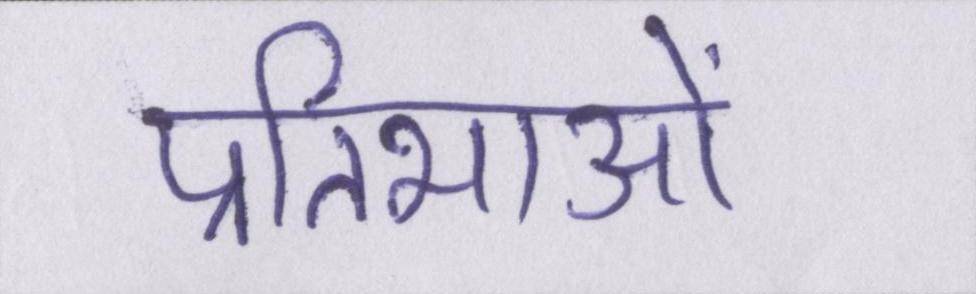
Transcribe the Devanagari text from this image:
प्रतिभाओं